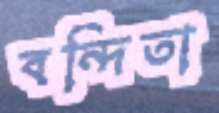
বন্দিতা